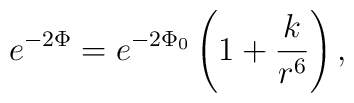
e^{-2\Phi} = e^{-2\Phi_0}\left( 1 + \frac{k}{r^6}\right) ,